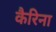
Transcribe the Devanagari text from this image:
कैरिना